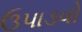
ઉપાડવો